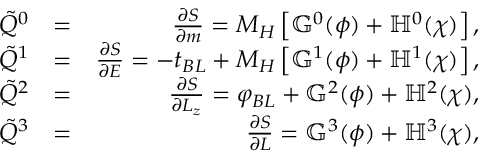
\begin{array} { r l r } { \tilde { Q } ^ { 0 } } & { = } & { \frac { \partial S } { \partial m } = M _ { H } \left[ \mathbb { G } ^ { 0 } ( \phi ) + \mathbb { H } ^ { 0 } ( \chi ) \right] , } \\ { \tilde { Q } ^ { 1 } } & { = } & { \frac { \partial S } { \partial E } = - t _ { B L } + M _ { H } \left[ \mathbb { G } ^ { 1 } ( \phi ) + \mathbb { H } ^ { 1 } ( \chi ) \right] , } \\ { \tilde { Q } ^ { 2 } } & { = } & { \frac { \partial S } { \partial L _ { z } } = \varphi _ { B L } + \mathbb { G } ^ { 2 } ( \phi ) + \mathbb { H } ^ { 2 } ( \chi ) , } \\ { \tilde { Q } ^ { 3 } } & { = } & { \frac { \partial S } { \partial L } = \mathbb { G } ^ { 3 } ( \phi ) + \mathbb { H } ^ { 3 } ( \chi ) , } \end{array}